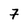
Character: 7